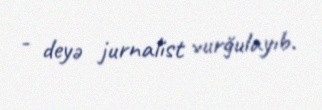
- deyə jurnalist vurğulayıb.